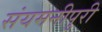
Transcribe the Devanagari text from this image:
संयमनीपुरी